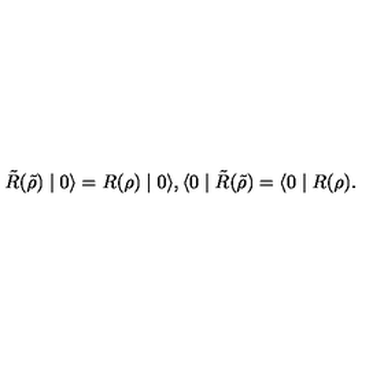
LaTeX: \tilde { R } ( \tilde { \rho } ) \mid 0 \rangle = R ( \rho ) \mid 0 \rangle , \langle 0 \mid \tilde { R } ( \tilde { \rho } ) = \langle 0 \mid R ( \rho ) .